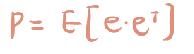
$P = E[e\cdot e^T]$